Annual report of the Civil Veterinary Department, Bengal, for the year 1897-98 - 1897-1898
Year: 1897
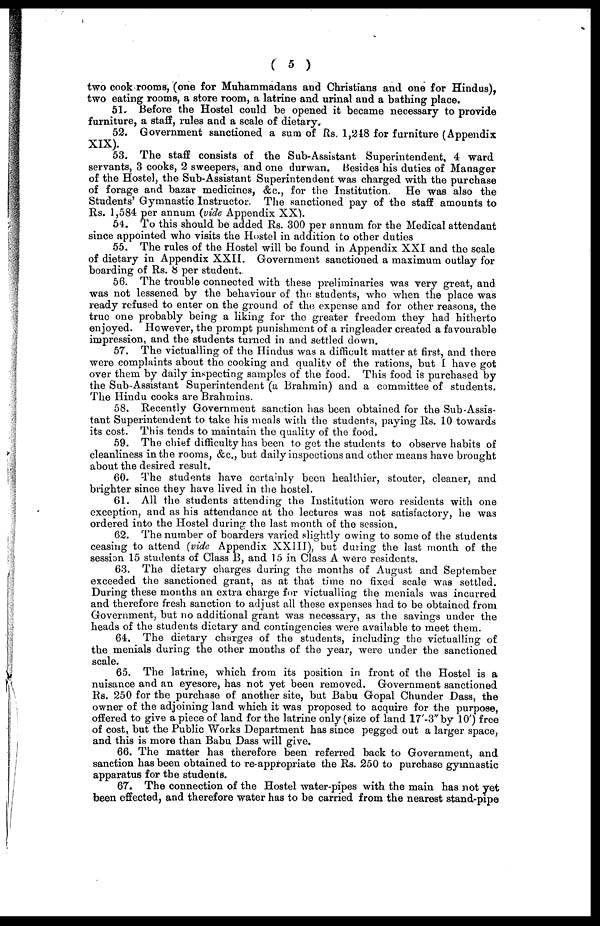
( 5 )
two cook rooms, (one for Muhammadans and Christians and one for Hindus),
two eating rooms, a store room, a latrine and urinal and a bathing place.
51. Before the Hostel could be opened it became necessary to provide
furniture, a staff, rules and a scale of dietary.
52. Government sanctioned a sum of Rs. 1,248 for furniture (Appendix
XIX).
53. The staff consists of the Sub-Assistant Superintendent, 4 ward
servants, 3 cooks, 2 sweepers, and one durwan. Besides his duties of Manager
of the Hostel, the Sub-Assistant Superintendent was charged with the purchase
of forage and bazar medicines, &c., for the Institution.
He was also the
Students' Gymnastic Instructor. The sanctioned pay of the staff amounts to
Rs. 1,584 per annum (vide Appendix XX).
54. To this should be added Rs. 300 per annum for the Medical attendant
since appointed who visits the Hostel in addition to other duties
55. The rules of the Hostel will be found in Appendix XXI and the scale
of dietary in Appendix XXII. Government sanctioned a maximum outlay for
boarding of Rs. 8 per student.
56. The trouble connected with these preliminaries was very great, and
was not lessened by the behaviour of the students, who when the place was
ready refused to enter on the ground of the expense and for other reasons, the
true one probably being a liking for the greater freedom they had hitherto
enjoyed. However, the prompt punishment of a ringleader created a favourable
impression, and the students turned in and settled down.
57. The victualling of the Hindus was a difficult matter at first, and there
were complaints about the cooking and quality of the rations, but I have got
over them by daily inspecting samples of the food. This food is purchased by
the Sub-Assistant Superintendent (a Brahmin) and a committee of students.
The Hindu cooks are Brahmins.
58. Recently Government sanction has been obtained for the Sub-Assis-
tant Superintendent to take his meals with the students, paying Rs. 10 towards
its cost. This tends to maintain the quality of the food.
59. The chief difficulty has been to get the students to observe habits of
cleanliness in the rooms, &c., but daily inspections and other means have brought
about the desired result.
60. The students have certainly been healthier, stouter, cleaner, and
brighter since they have lived in the hostel.
61. All the students attending the Institution were residents with one
exception, and as his attendance at the lectures was not satisfactory, he was
ordered into the Hostel during the last month of the session.
62. The number of boarders varied slightly owing to some of the students
ceasing to attend (vide Appendix XXIII), but during the last month of the
session 15 students of Class B, and 15 in Class A were residents.
63. The dietary charges during the months of August and September
exceeded the sanctioned grant, as at that time no fixed scale was settled.
During these months an extra charge for victualling the menials was incurred
and therefore fresh sanction to adjust all these expenses had to be obtained from
Government, but no additional grant was necessary, as the savings under the
heads of the students dietary and contingencies were available to meet them.
64. The dietary charges of the students, including the victualling of
the menials during the other months of the year, were under the sanctioned
scale.
65. The latrine, which from its position in front of the Hostel is a
nuisance and an eyesore, has not yet been removed. Government sanctioned
Rs. 250 for the purchase of another site, but Babu Gopal Chunder Dass, the
owner of the adjoining land which it was proposed to acquire for the purpose,
offered to give a piece of land for the latrine only (size of land 17'-3" by 10') free
of cost, but the Public Works Department has since pegged out a larger space,
and this is more than Babu Dass will give.
66. The matter has therefore been referred back to Government, and
sanction has been obtained to re-appropriate the Rs. 250 to purchase gymnastic
apparatus for the students.
67. The connection of the Hostel water-pipes with the main has not yet
been effected, and therefore water has to be carried from the nearest stand-pipe